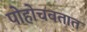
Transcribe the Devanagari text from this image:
पोहोचवतात